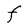
Character: F